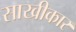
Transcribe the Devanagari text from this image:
साखीकार